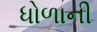
ધોળાની